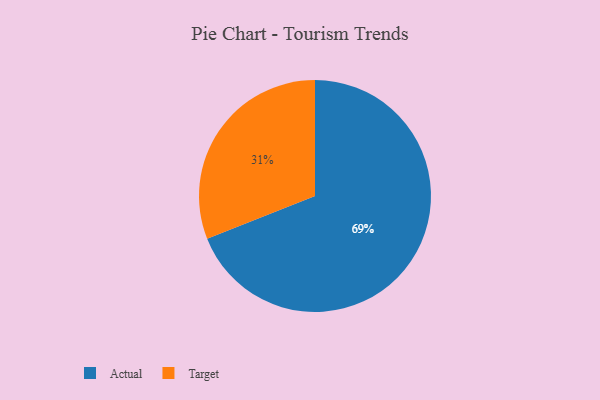
{"axis": {"x": "Category", "y": "Percentage"}, "legend": ["Actual", "Target"], "data": [{"x": "Target", "y": 31, "type": "Target"}, {"x": "Actual", "y": 69, "type": "Actual"}]}